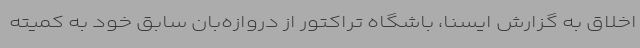
اخلاق به گزارش ایسنا، باشگاه تراکتور از دروازه‌بان سابق خود به کمیته